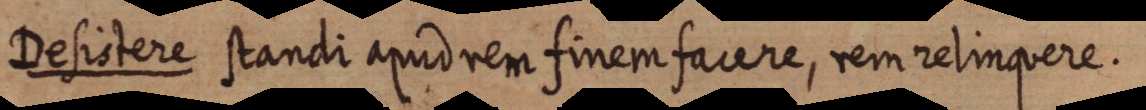
Desistere standi apud rem finem facere, rem relinquere.